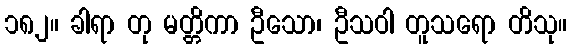
၁၈၂။ ခါရာ တု မတ္တိကာ ဦသော၊ ဦသဝါ တူသရော တိသု။